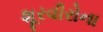
શૂરવીરોના